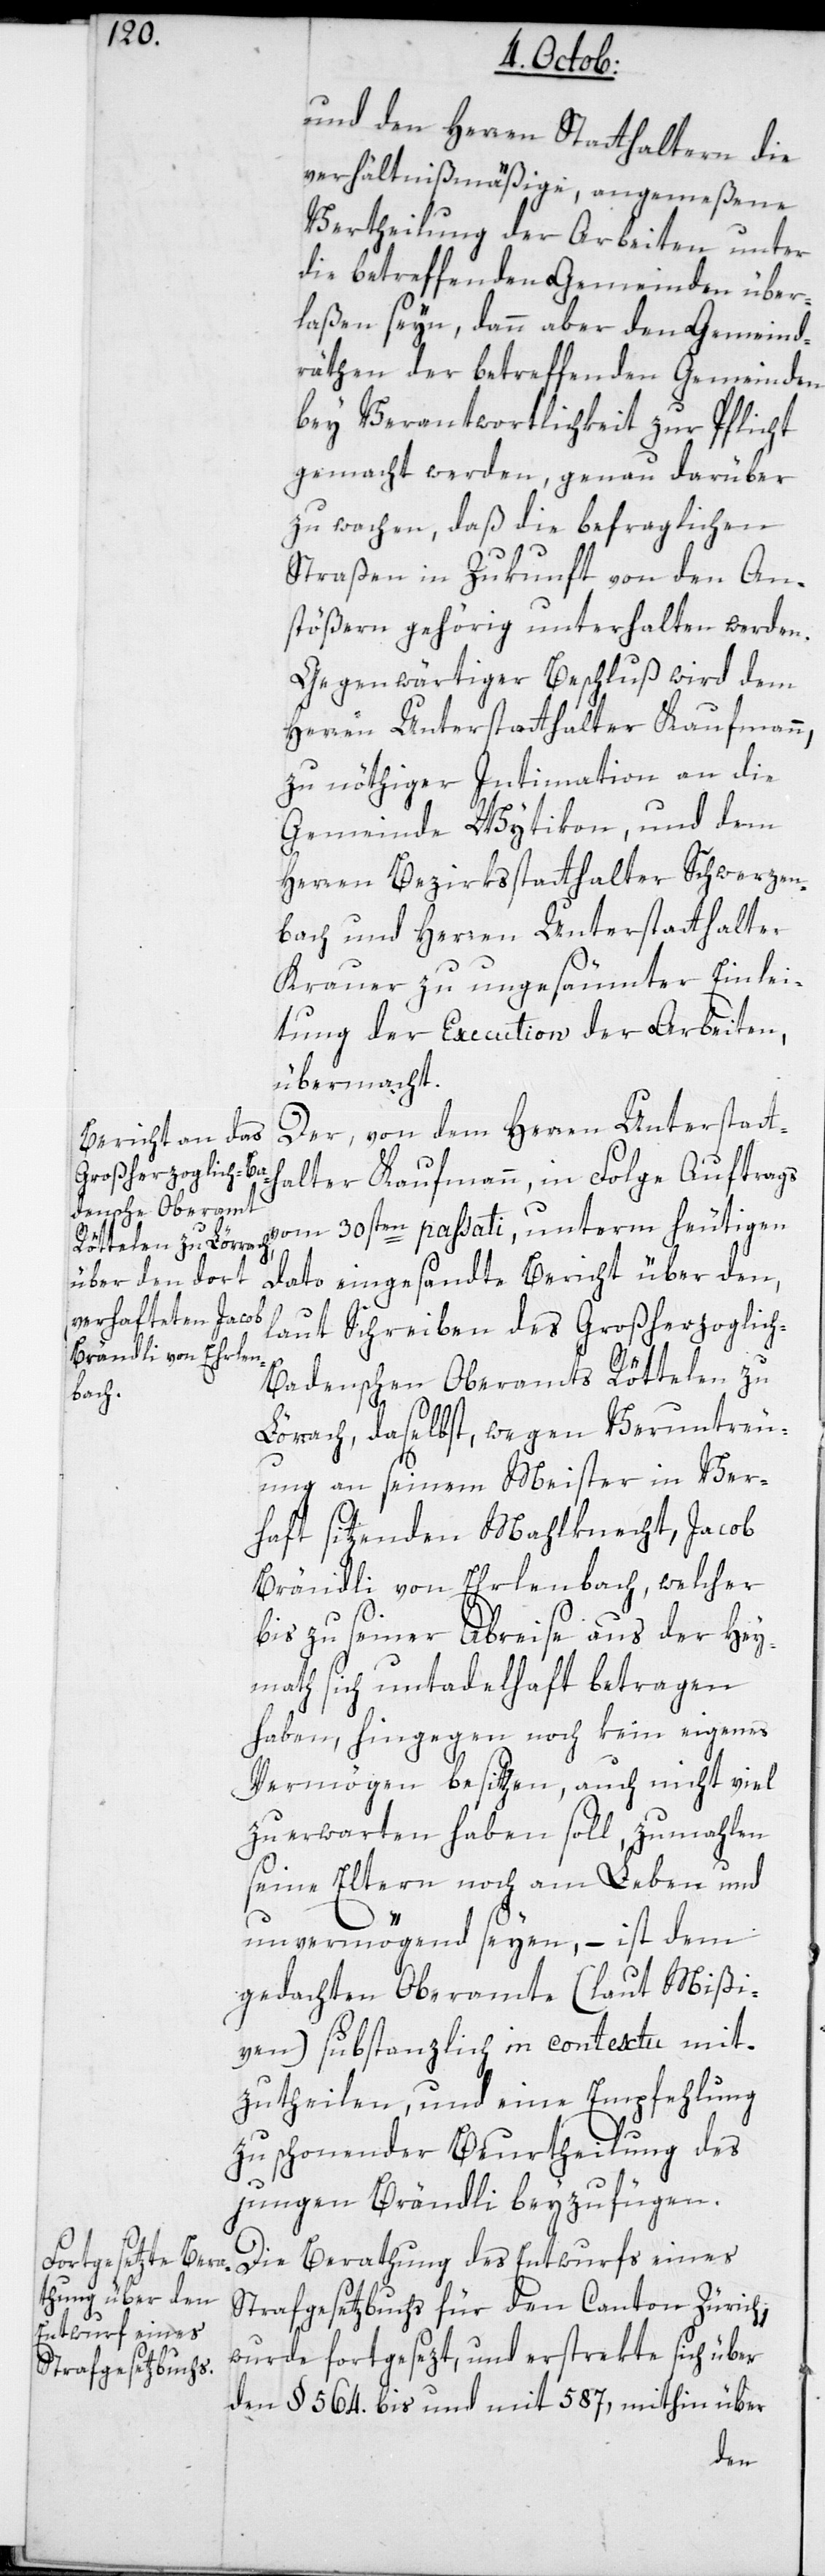
und den Herren Statthaltern die
verhältnißmäßige, angemeßene
Vertheilung der Arbeiten unter
die betreffenden Gemeinden über¬
laßen seyn, dann aber den Gemeind¬
räten der betreffenden Gemeinden
bey Verantwortlichkeit zur Pflicht
gemacht werden, genau darüber
zu wachen, daß die befraglichen
Straßen in Zukunft von den An¬
stößern gehörig unterhalten werden.
Gegenwärtiger Beschluß wird dem
Herren Unterstatthalter Kaufmann,
zu nöthiger Intimation an die
Gemeinde Witikon und dem
Herren Bezirksstatthalter Schwerzen¬
bach und Herren Unterstatthalter
Krauer zu ungesäumter Einlei¬
tung der Execution der Arbeiten,
übermacht.
Der von dem Herren Unterstatt¬
halter Kaufmann in Folge Auftrags
vom 30sten passati, unterm heutigen
Dato eingesandte Bericht über den,
laut Schreiben des Großherzoglic¬
h-Badenschen Oberamts Röttelen zu
Lörrach, daselbst, wegen Veruntreu¬
ung an seinem Meister in Ver¬
haft sitzenden Mahlknecht, Jacob
Brändli von Ehrlenbach, welcher
bis zu seiner Abreise aus der Hey¬
math sich untadelhaft betragen
haben, hingegen noch kein eigenes
Vermögen besitzen, auch nicht viel
zu erwarten haben soll, zumahlen
seine Eltern noch am Leben und
unvermögend seyen, – ist dem
gedachten Oberamte (laut Mißi¬
ven) substanzlich in contextu mit¬
zutheilen, und eine Empfehlung
zu schonender Beurtheilung des
jungen Brändli beyzufügen.
Die Berathung des Entwurfs eines
Strafgesetzbuchs für den Canton Zürich,
wurde fortgesezt, und erstrekte sich über
den §. 564. bis und mit 587, mithin über